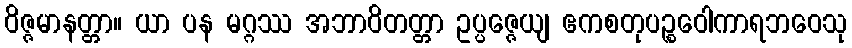
ဝိဇ္ဇမာနတ္တာ။ ယာ ပန မဂ္ဂဿ အဘာဝိတတ္တာ ဥပ္ပဇ္ဇေယျ ဧကစတုပဉ္စဝေါကာရဘဝေသု